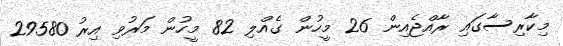
މިކާރިސާގައި ރާއްޖެއިން 26 މީހުން ގެއްލި 82 މީހުން މަރުވި އިރު 29580